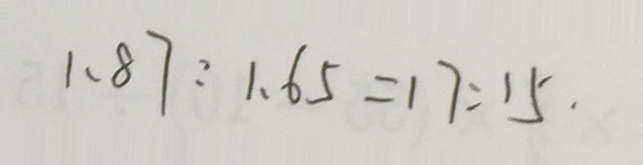
1 . 8 7 : 1 . 6 5 = 1 7 : 1 5